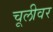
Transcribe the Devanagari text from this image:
चूलीवर